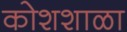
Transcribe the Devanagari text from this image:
कोशशाळा